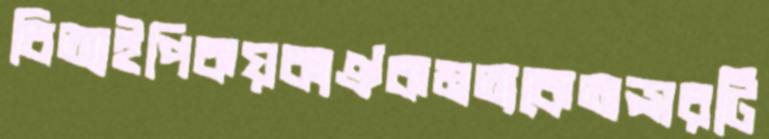
বিআইপিকয়কাঐকমত্যকেঅপ্সরটি